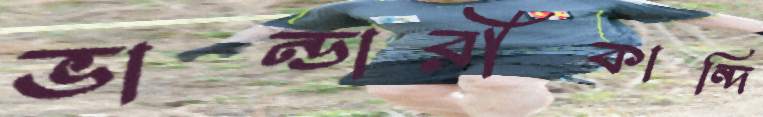
ভান্ডারীকান্দি